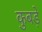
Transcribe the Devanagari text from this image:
कुबड़े